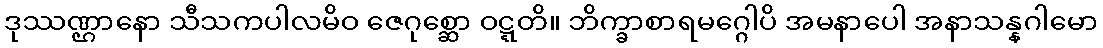
ဒုဿဏ္ဌာနော သီသကပါလမိဝ ဇေဂုစ္ဆော ဝဋ္ဋတိ။ ဘိက္ခာစာရမဂ္ဂေါပိ အမနာပေါ အနာသန္နဂါမော